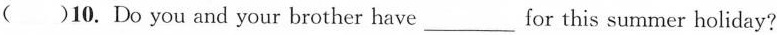
()10.Do you and your brother have ___ for this summer holiday?